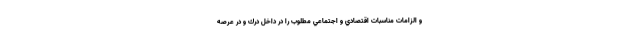
و الزامات مناسبات اقتصادي و اجتماعي مطلوب را در داخل درك و در عرصه